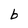
Character: b